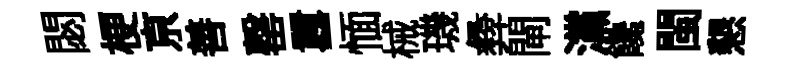
閟梗亰善罄囂愐械璣彜閘灙饞閩懇